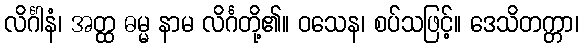
လိင်္ဂါနံ၊ အတ္ထ ဓမ္မ နာမ လိင်္ဂတို့၏။ ဝသေန၊ စပ်သဖြင့်။ ဒေသိတက္တာ၊